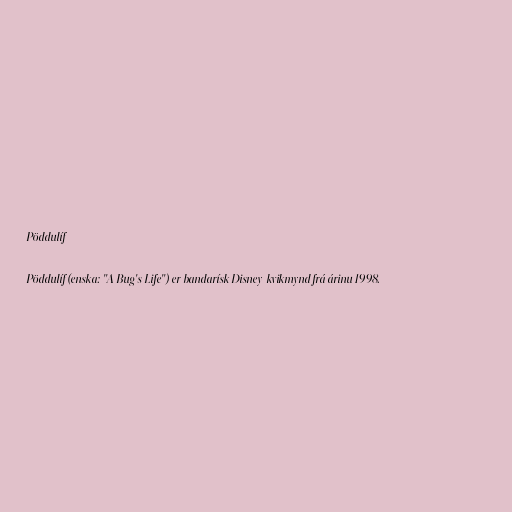
Pöddulíf

Pöddulíf (enska: "A Bug's Life") er bandarísk Disney-kvikmynd frá árinu 1998.